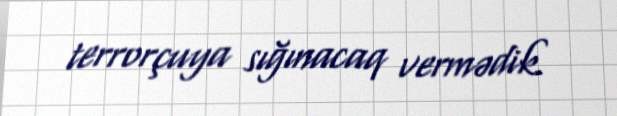
terrorçuya sığınacaq vermədik.